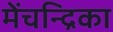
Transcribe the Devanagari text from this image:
मेंचन्द्रिका